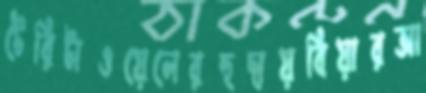
টেরিটাওয়েলেরহুদায়বিয়ারআ